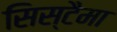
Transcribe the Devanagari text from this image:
सिस्टैमा